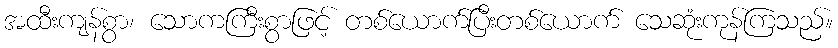
အထီးကျန်စွာ၊ သောကကြီးစွာဖြင့် တစ်ယောက်ပြီးတစ်ယောက် သေဆုံးကုန်ကြသည်။